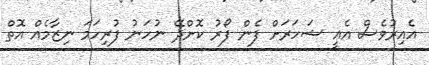
އެއިރުވެސް އެއީ ޝަހަރަށް ފެން ފޯރު ކޮށްދޭ ނުހަނު ފުރިހަމަ ނިޒާމެއް އޮތް